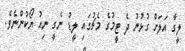
ލީގާ އަލަށް ގުޅުނު ދެ ޓީމުގެ މެޗުގައި ލީޑު ނެގީ ނިއު ޔޯކުންނެވެ.